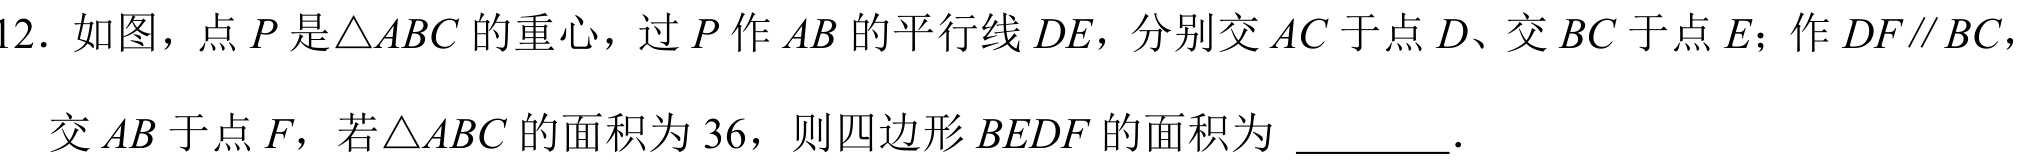
12. 如图，点\(P\)是\(\triangle ABC\)的重心，过\(P\)作\(AB\)的平行线\(DE\)，分别交\(AC\)于点\(D\)、交\(BC\)于点\(E\)；作\(DF\parallel BC\)，
交\(AB\)于点\(F\)，若\(\triangle ABC\)的面积为\(36\)，则四边形\(BEDF\)的面积为 \(\underline{\quad\quad}\).